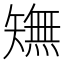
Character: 𱳥